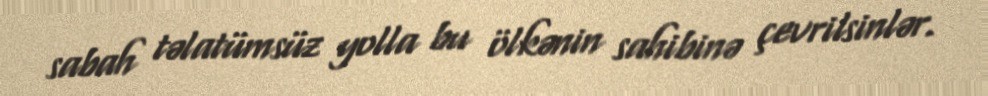
sabah təlatümsüz yolla bu ölkənin sahibinə çevrilsinlər.